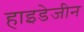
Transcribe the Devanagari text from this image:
हाइडेजीन